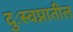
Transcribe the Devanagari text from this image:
दुःस्वप्नातील